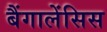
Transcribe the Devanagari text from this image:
बैंगालेंसिस